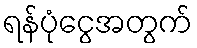
ရန်ပုံငွေအတွက်